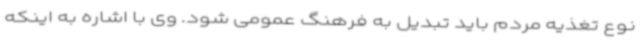
نوع تغذیه مردم باید تبدیل به فرهنگ عمومی شود. وی با اشاره به اینکه